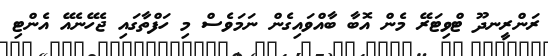
ރަންރީނދޫ ޓްވިޓަރޭ މެން އޮބާ ބާއްވައިގެން ނަމަވެސް މި ހަފްތާގައި ޖެހޭނެއޭ އެންޓި